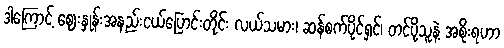
ဒါကြောင့် ဈေးနှုန်းအနည်းငယ်ပြောင်းတိုင်း လယ်သမား၊ ဆန်စက်ပိုင်ရှင်၊ တင်ပို့သူနဲ့ အစိုးရဟာ